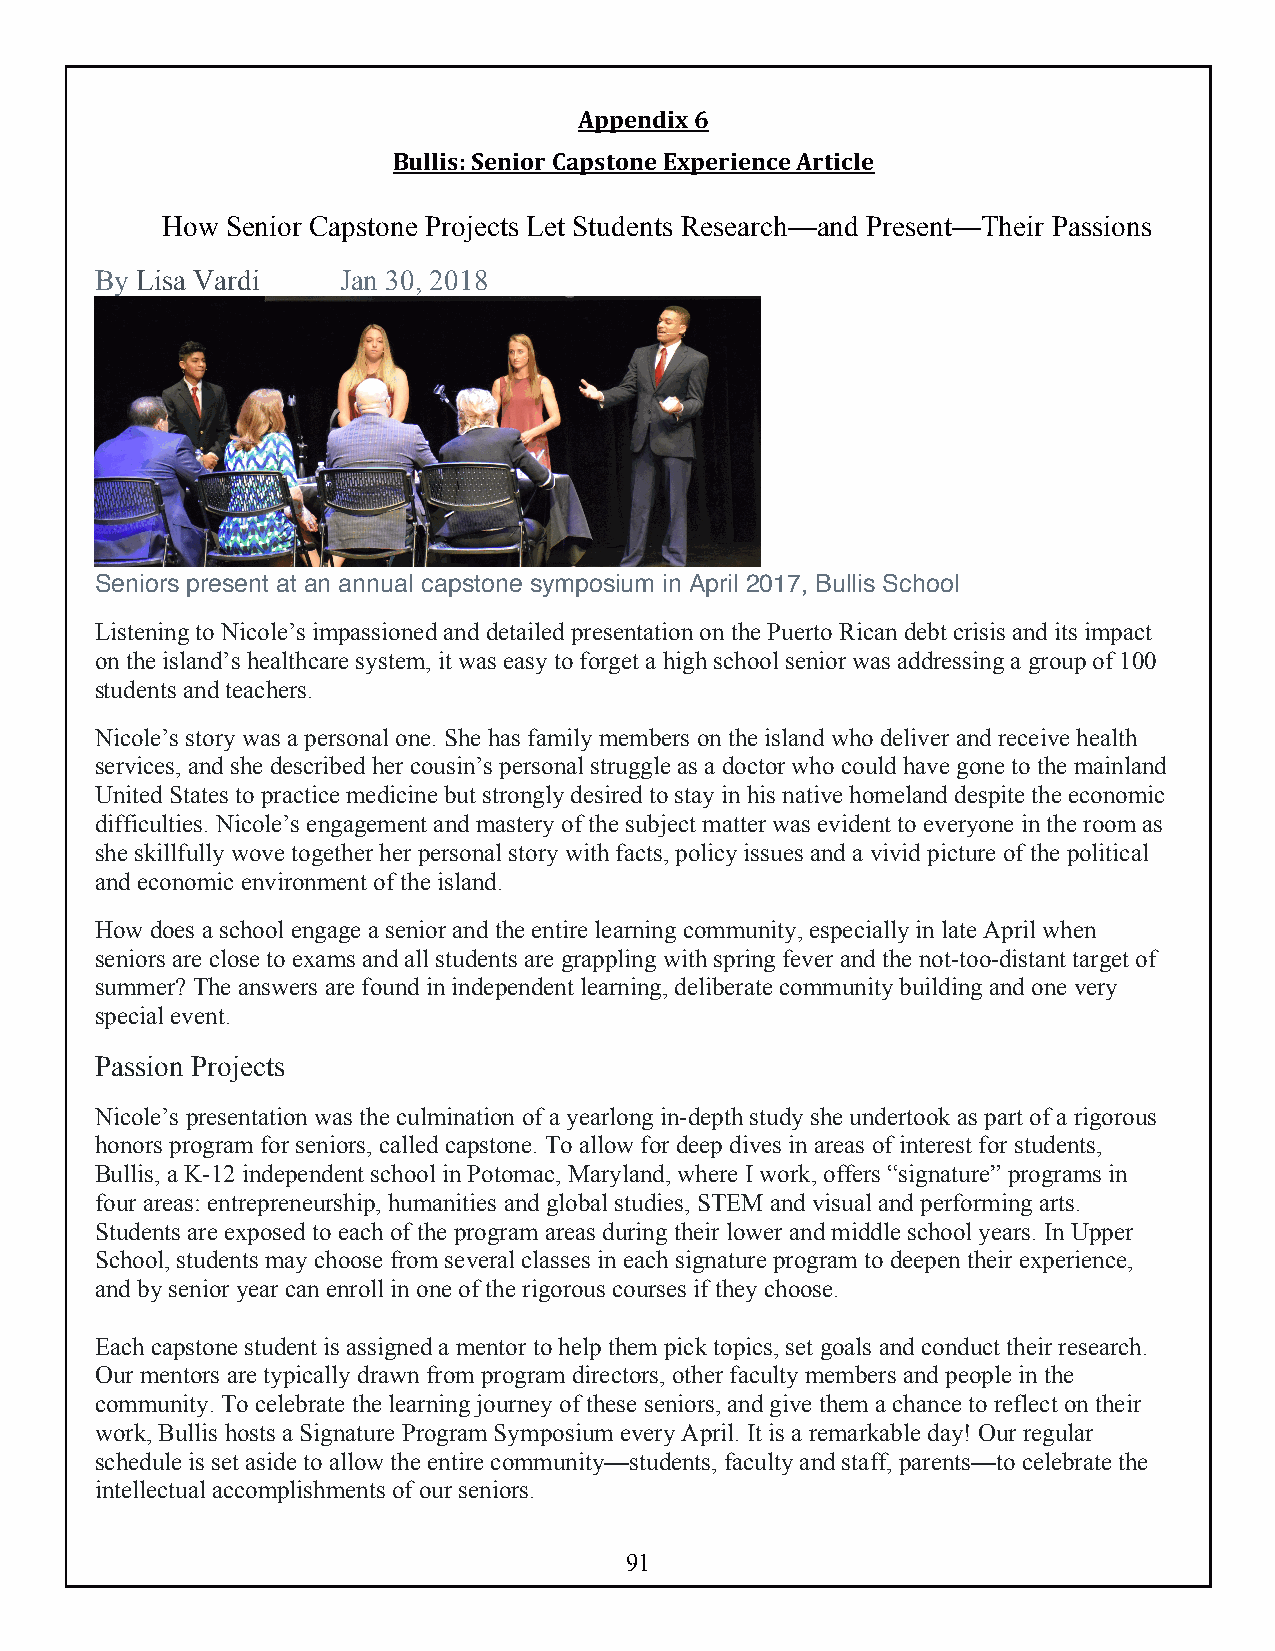
Appendix 6
 Bullis: Senior Capstone Experience Article
 How Senior Capstone Projects Let Students Research—and Present—Their Passions
 By Lisa Vardi    Jan 30, 2018
 Seniors present at an annual capstone symposium in April 2017, Bullis School
 TWEETSHAREEMAIL
 Listening to Nicole’s impassioned and detailed presentation on the Puerto Rican debt crisis and its impact
 on the island’s healthcare system, it was easy to forget a high school senior was addressing a group of 100
 students and teachers.
 Nicole’s story was a personal one. She has family members on the island who deliver and receive health
 services, and she described her cousin’s personal struggle as a doctor who could have gone to the mainland
 United States to practice medicine but strongly desired to stay in his native homeland despite the economic
 difficulties. Nicole’s engagement and mastery of the subject matter was evident to everyone in the room as
 she skillfully wove together her personal story with facts, policy issues and a vivid picture of the political
 and economic environment of the island.
 How does a school engage a senior and the entire learning community, especially in late April when
 seniors are close to exams and all students are grappling with spring fever and the not-too-distant target of
 summer? The answers are found in independent learning, deliberate community building and one very
 special event.
 Passion Projects
 Nicole’s presentation was the culmination of a yearlong in-depth study she undertook as part of a rigorous
 honors program for seniors, called capstone. To allow for deep dives in areas of interest for students,
 Bullis, a K-12 independent school in Potomac, Maryland, where I work, offers “signature” programs in
 four areas: entrepreneurship, humanities and global studies, STEM and visual and performing arts.
 Students are exposed to each of the program areas during their lower and middle school years. In Upper
 School, students may choose from several classes in each signature program to deepen their experience,
 and by senior year can enroll in one of the rigorous courses if they choose.
 Each capstone student is assigned a mentor to help them pick topics, set goals and conduct their research.
 Our mentors are typically drawn from program directors, other faculty members and people in the
 community. To celebrate the learning journey of these seniors, and give them a chance to reflect on their
 work, Bullis hosts a Signature Program Symposium every April. It is a remarkable day! Our regular
 schedule is set aside to allow the entire community—students, faculty and staff, parents—to celebrate the
 intellectual accomplishments of our seniors.
 91